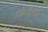
છોરાની